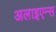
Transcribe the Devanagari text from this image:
अलाइएन्स